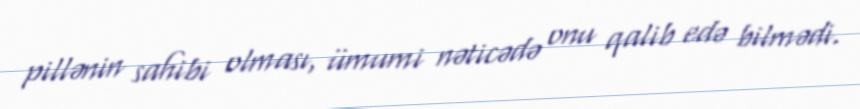
pillənin sahibi olması, ümumi nəticədə onu qalib edə bilmədi.